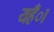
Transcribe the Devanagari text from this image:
यहँा